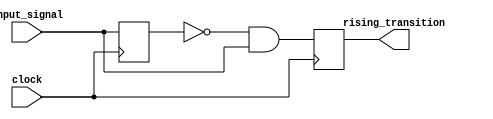
module edge_detection ( 
input clock, 
input input_signal, 
output reg rising_transition
);
// declarations 
reg n; 
wire rising_transition_c;
// logic to detect 0 in previous cycle and 1 in current cycle 
assign rising_transition_c = ~n & input_signal;
// flip-flop instantiations 
always @(posedge clock) begin 
n                 <= #1 input_signal; 
rising_transition <= #1 rising_transition_c; 
end
endmodule